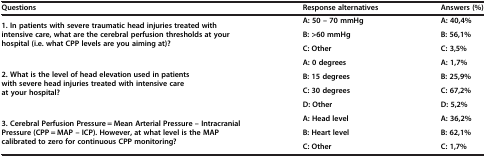
| Questions | Response alternatives | Answers (%) |
 | --- | --- | --- |
 | <ROWSPAN=3> 1. In patients with severe traumatic head injuries treated with intensive care, what are the cerebral perfusion thresholds at your hospital (i.e. what CPP levels are you aiming at)? | A: 50 – 70 mmHg | A: 40,4% |
 | B: >60 mmHg | B: 56,1% |
 | C: Other | C: 3,5% |
 | <ROWSPAN=4> 2. What is the level of head elevation used in patients with severe head injuries treated with intensive care at your hospital? | A: 0 degrees | A: 1,7% |
 | B: 15 degrees | B: 25,9% |
 | C: 30 degrees | C: 67,2% |
 | D: Other | D: 5,2% |
 | <ROWSPAN=3> 3. Cerebral Perfusion Pressure = Mean Arterial Pressure – Intracranial Pressure (CPP = MAP – ICP). However, at what level is the MAP calibrated to zero for continuous CPP monitoring? | A: Head level | A: 36,2% |
 | B: Heart level | B: 62,1% |
 | C: Other | C: 1,7% |